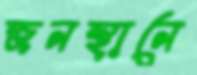
জনস্থানে